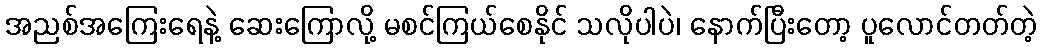
အညစ်အကြေးရေနဲ့ ဆေးကြောလို့ မစင်ကြယ်စေနိုင် သလိုပါပဲ၊ နောက်ပြီးတော့ ပူလောင်တတ်တဲ့